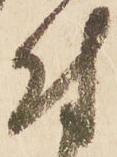
付